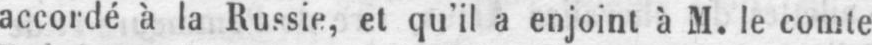
accordé à la Russie, et qu’il a enjoint à M. le comte